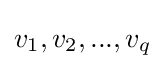
v_{1},v_{2},...,v_{q}